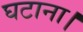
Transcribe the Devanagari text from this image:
घटाना।